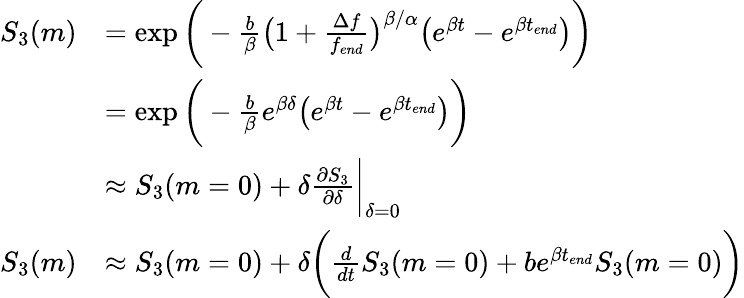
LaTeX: \begin{array}{rl}{S_{3}(m)}&{=\exp{\bigg(-\frac{b}{\beta}\big(1+\frac{\Delta f}{{f_{end}}}\big)^{\beta/\alpha}\big(e^{\beta t}-e^{\beta t_{end}}\big)\bigg)}}\\ &{=\exp{\bigg(-\frac{b}{\beta}e^{\beta\delta}\big(e^{\beta t}-e^{\beta t_{end}}\big)\bigg)}}\\ &{\approx S_{3}(m=0)+\delta\frac{\partial S_{3}}{\partial\delta}\bigg|_{\delta=0}}\\ {S_{3}(m)}&{\approx S_{3}(m=0)+\delta\bigg(\frac{d}{dt}S_{3}(m=0)+be^{\beta t_{end}}S_{3}(m=0)\bigg)}\end{array}